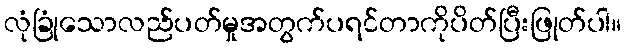
လုံခြုံသောလည်ပတ်မှုအတွက်ပရင်တာကိုပိတ်ပြီးဖြုတ်ပါ။